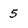
Character: 5